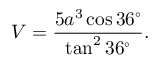
V = { \frac { 5 a ^ { 3 } \cos 3 6 ^ { \circ } } { \tan ^ { 2 } { 3 6 ^ { \circ } } } } .